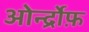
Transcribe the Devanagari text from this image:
ओर्न्द्रोफ़